Vaccination report Assam 1896-1927 - 1896-1927
Year: 1896
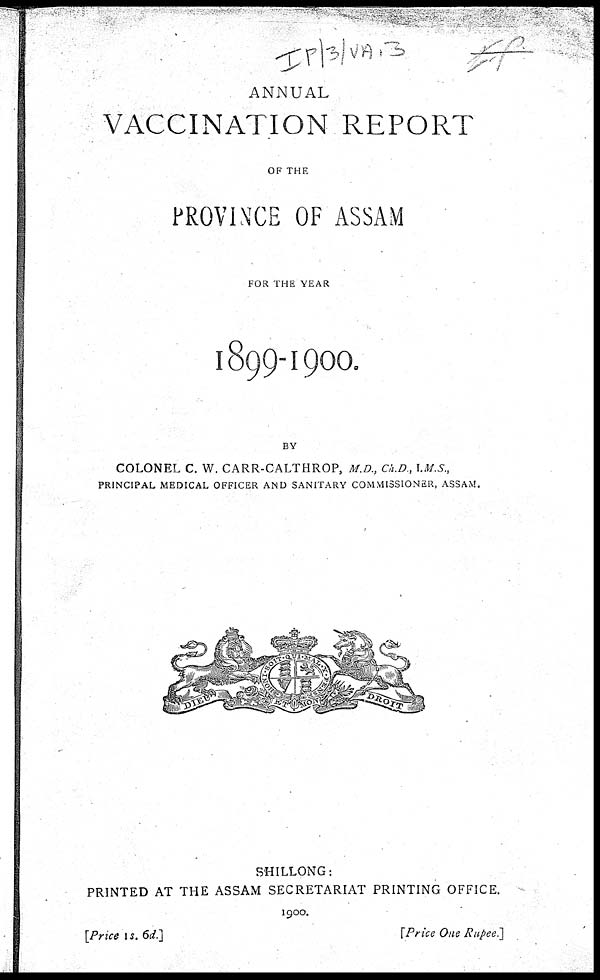
ANNUAL
VACCINATION REPORT
OF THE
PROVINCE OF ASSAM
FOR THE YEAR
1899-1900.
BY
COLONEL C. W. CARR-CALTHROP, M.D., Ch.D., I.M.S.,
PRINCIPAL MEDICAL OFFICER AND SANITARY COMMISSIONER, ASSAM.
SHILLONG:
PRINTED AT THE ASSAM SECRETARIAT PRINTING OFFICE.
1900.
[Price is. 6d.]
[Price One Rupee.]